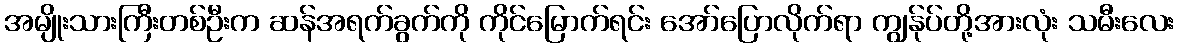
အမျိုးသားကြီးတစ်ဦးက ဆန်အရက်ခွက်ကို ကိုင်မြောက်ရင်း အော်ပြောလိုက်ရာ ကျွန်ုပ်တို့အားလုံး သမီးလေး